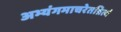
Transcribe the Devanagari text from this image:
अभ्यंगमाचरेतन्नित्यं